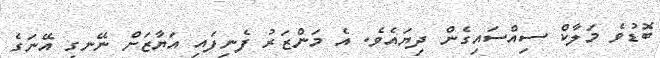
ބޮޑުވެ މަލާކް ސިއްސައިގެން ދިޔައެވެ. އެ މަންޒަރު ފެނިފައި އަޔާޒަށް ނޭނގި އޭނަގެ